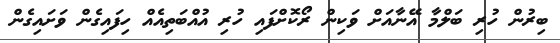
ބިރުން ހުރި ބަލްމާ އޭނާއަށް ވަކިން ރޯކޮށްފައި ހުރި އުއްބަތިއެއް ހިފައިގެން ވަށައިގެން